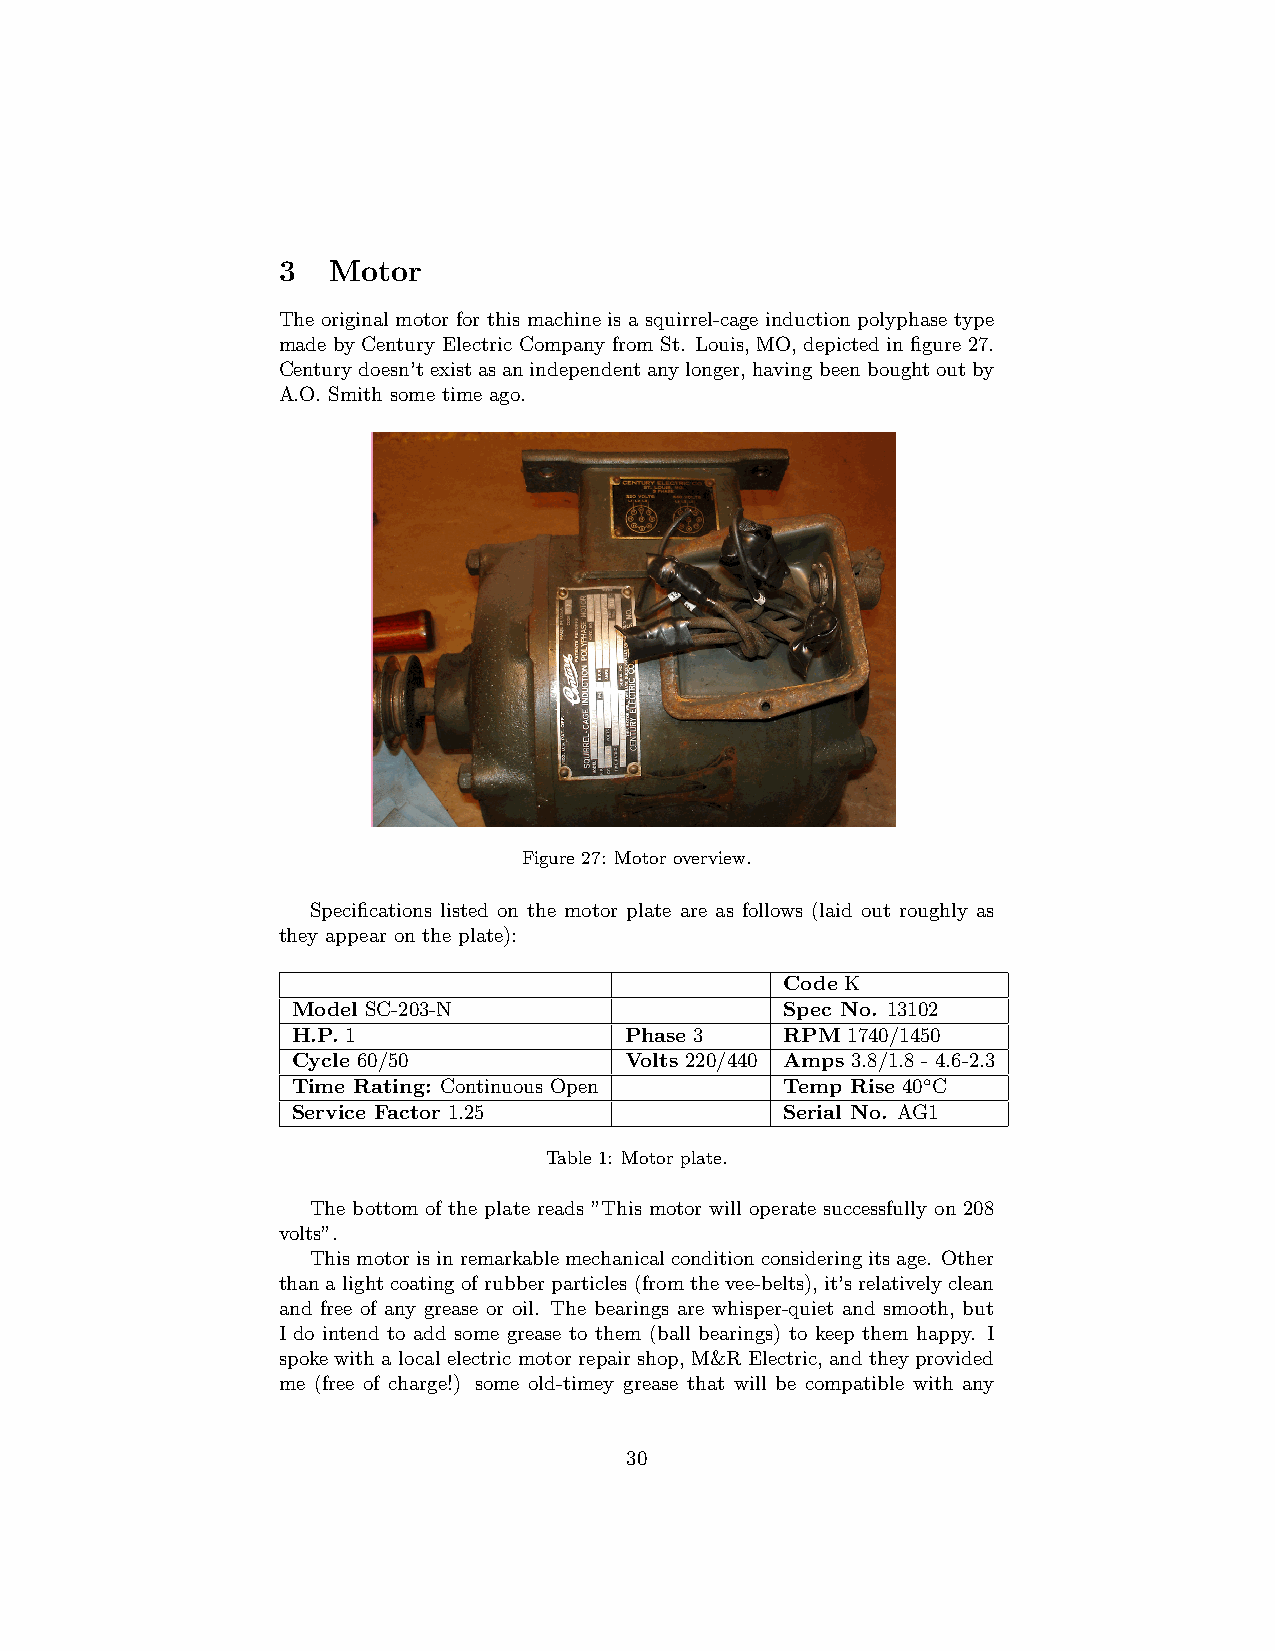
3   Motor
 The original motor for this machine is a squirrel-cage induction polyphase type
 made by Century Electric Company from St. Louis, MO, depicted in figure 27.
 Centurydoesn’texistasanindependentanylonger,havingbeenboughtoutby
 A.O. Smith some time ago.
 Figure 27: Motor overview.
 Specifications listed on the motor plate are as follows (laid out roughly as
 they appear on the plate):
 Code K
 Model SC-203-N                   Spec No. 13102
 H.P. 1                Phase 3    RPM 1740/1450
 Cycle 60/50           Volts 220/440 Amps 3.8/1.8 - 4.6-2.3
 Time Rating: Continuous Open     Temp Rise 40◦C
 Service Factor 1.25              Serial No. AG1
 Table 1: Motor plate.
 The bottom of the plate reads ”This motor will operate successfully on 208
 volts”.
 Thismotorisinremarkablemechanicalconditionconsideringitsage. Other
 thanalightcoatingofrubberparticles(fromthevee-belts), it’srelativelyclean
 and free of any grease or oil. The bearings are whisper-quiet and smooth, but
 I do intend to add some grease to them (ball bearings) to keep them happy. I
 spoke with a local electric motor repair shop, M&R Electric, and they provided
 me (free of charge!) some old-timey grease that will be compatible with any
 30